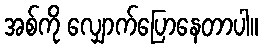
အစ်ကို လျှောက်ပြောနေတာပါ။